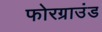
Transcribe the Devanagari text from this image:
फोरग्राउंड